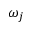
\omega _ { j }